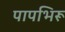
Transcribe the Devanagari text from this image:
पापभिरू